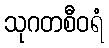
သုဂတစီဝရံ